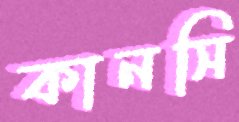
কানসি